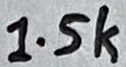
Text: 1.5k